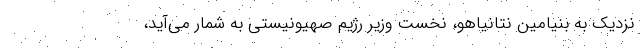
نزدیک به بنیامین نتانیاهو، نخست وزیر رژیم صهیونیستی به شمار می‌آید،